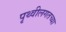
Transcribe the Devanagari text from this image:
पृथ्वीलगतच्या